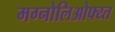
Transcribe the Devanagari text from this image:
मग्नोलिओफ्य्त